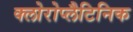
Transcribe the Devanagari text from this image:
क्लोरोप्लैटिनिक